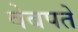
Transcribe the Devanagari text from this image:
वेबपते